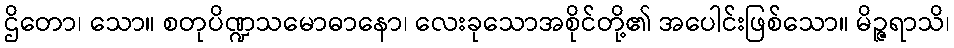
ဌိတော၊ သော။ စတုပိဏ္ဍသမောဓာနော၊ လေးခုသောအစိုင်တို့၏ အပေါင်းဖြစ်သော။ မိဉ္ဇရာသိ၊